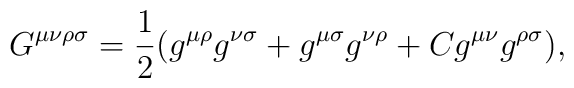
G^{\mu \nu \rho \sigma} = { {1 \over 2}} (g^{\mu \rho}g^{\nu \sigma} + g^{\mu \sigma} g^{\nu \rho} + C g^{\mu \nu} g^{\rho\sigma}),